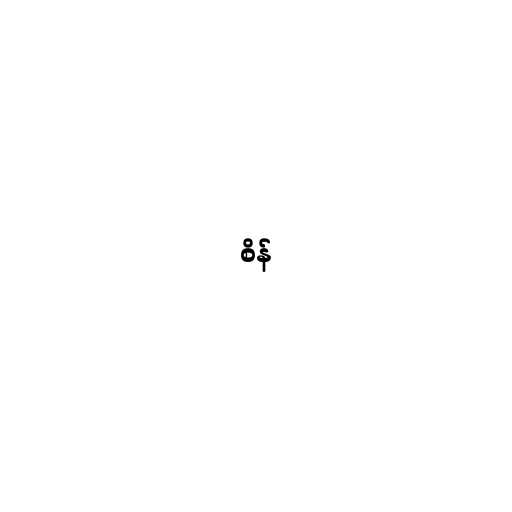
စိန်